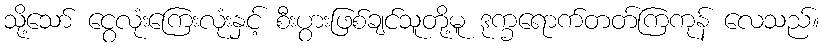
သို့သော် ငွေလုံးကြေးလုံးနှင့် စီးပွားဖြစ်ချင်သူတို့မူ ဒုက္ခရောက်တတ်ကြကုန် လေသည်။